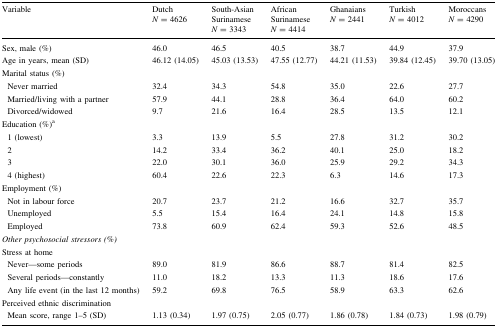
<table><thead><tr><td><b>Variable</b></td><td><b>Dutch <i>N</i> = 4626</b></td><td><b>South-Asian Surinamese <i>N</i> = 3343</b></td><td><b>African Surinamese <i>N</i> = 4414</b></td><td><b>Ghanaians <i>N</i> = 2441</b></td><td><b>Turkish <i>N</i> = 4012</b></td><td><b>Moroccans <i>N</i> = 4290</b></td></tr></thead><tbody><tr><td>Sex, male (%)</td><td>46.0</td><td>46.5</td><td>40.5</td><td>38.7</td><td>44.9</td><td>37.9</td></tr><tr><td>Age in years, mean (SD)</td><td>46.12 (14.05)</td><td>45.03 (13.53)</td><td>47.55 (12.77)</td><td>44.21 (11.53)</td><td>39.84 (12.45)</td><td>39.70 (13.05)</td></tr><tr><td colspan="7">Marital status (%)</td></tr><tr><td> Never married</td><td>32.4</td><td>34.3</td><td>54.8</td><td>35.0</td><td>22.6</td><td>27.7</td></tr><tr><td> Married/living with a partner</td><td>57.9</td><td>44.1</td><td>28.8</td><td>36.4</td><td>64.0</td><td>60.2</td></tr><tr><td> Divorced/widowed</td><td>9.7</td><td>21.6</td><td>16.4</td><td>28.5</td><td>13.5</td><td>12.1</td></tr><tr><td colspan="7">Education (%)<sup>a</sup></td></tr><tr><td> 1 (lowest)</td><td>3.3</td><td>13.9</td><td>5.5</td><td>27.8</td><td>31.2</td><td>30.2</td></tr><tr><td> 2</td><td>14.2</td><td>33.4</td><td>36.2</td><td>40.1</td><td>25.0</td><td>18.2</td></tr><tr><td> 3</td><td>22.0</td><td>30.1</td><td>36.0</td><td>25.9</td><td>29.2</td><td>34.3</td></tr><tr><td> 4 (highest)</td><td>60.4</td><td>22.6</td><td>22.3</td><td>6.3</td><td>14.6</td><td>17.3</td></tr><tr><td colspan="7">Employment (%)</td></tr><tr><td> Not in labour force</td><td>20.7</td><td>23.7</td><td>21.2</td><td>16.6</td><td>32.7</td><td>35.7</td></tr><tr><td> Unemployed</td><td>5.5</td><td>15.4</td><td>16.4</td><td>24.1</td><td>14.8</td><td>15.8</td></tr><tr><td> Employed</td><td>73.8</td><td>60.9</td><td>62.4</td><td>59.3</td><td>52.6</td><td>48.5</td></tr><tr><td colspan="7"><i>Other psychosocial stressors (%)</i></td></tr><tr><td colspan="7">Stress at home</td></tr><tr><td> Never—some periods</td><td>89.0</td><td>81.9</td><td>86.6</td><td>88.7</td><td>81.4</td><td>82.5</td></tr><tr><td> Several periods—constantly</td><td>11.0</td><td>18.2</td><td>13.3</td><td>11.3</td><td>18.6</td><td>17.6</td></tr><tr><td> Any life event (in the last 12 months)</td><td>59.2</td><td>69.8</td><td>76.5</td><td>58.9</td><td>63.3</td><td>62.6</td></tr><tr><td colspan="7">Perceived ethnic discrimination</td></tr><tr><td> Mean score, range 1–5 (SD)</td><td>1.13 (0.34)</td><td>1.97 (0.75)</td><td>2.05 (0.77)</td><td>1.86 (0.78)</td><td>1.84 (0.73)</td><td>1.98 (0.79)</td></tr></tbody></table>